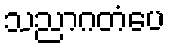
သညာဂတံပေ